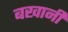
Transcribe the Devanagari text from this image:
बखानी